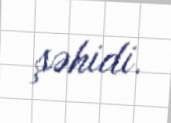
şəhidi.